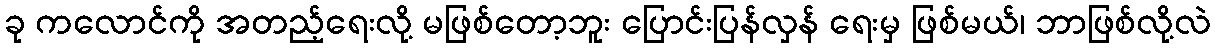
ခု ကလောင်ကို အတည့်ရေးလို့ မဖြစ်တော့ဘူး ပြောင်းပြန်လှန် ရေးမှ ဖြစ်မယ်၊ ဘာဖြစ်လို့လဲ